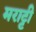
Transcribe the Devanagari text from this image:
मराट्टी